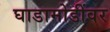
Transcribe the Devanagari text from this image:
घाडामोडींवर